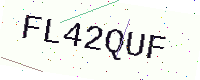
Text: FL42QUF